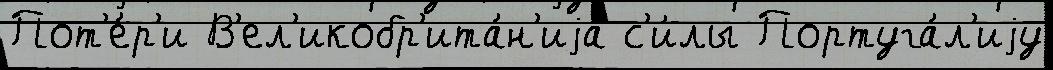
Пот'е́р'и В'ел'икобр'ита́н'иjа с'и́лы Португа́л'иjу